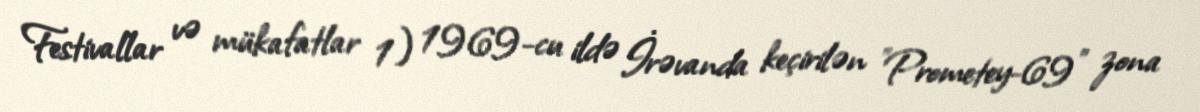
Festivallar və mükafatlar 1) 1969-cu ildə İrəvanda keçirilən "Prometey-69" zona